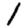
Digit: 1